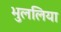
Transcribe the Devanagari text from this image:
भुललिया